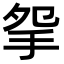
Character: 𢪸